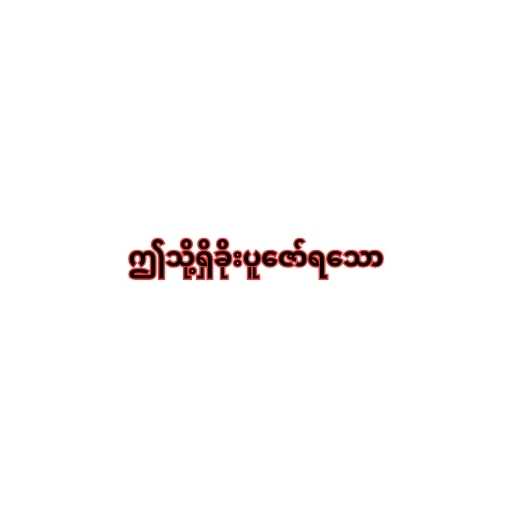
ဤသို့ရှိခိုးပူဇော်ရသော